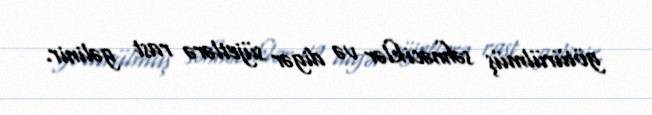
götürülmüş səhnəciklər və digər süjetlərə rast gəlinir.